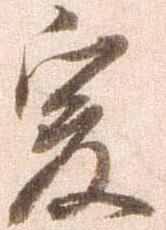
爰